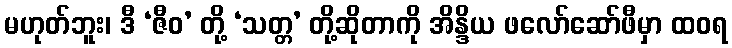
မဟုတ်ဘူး၊ ဒီ ‘ဇီဝ’ တို့ ‘သတ္တ’ တို့ဆိုတာကို အိန္ဒိယ ဖလော်ဆော်ဖီမှာ ထဝရ